Plague in India, 1896, 1897 - Volume 3
Year: 1896
Disease focus: Plague
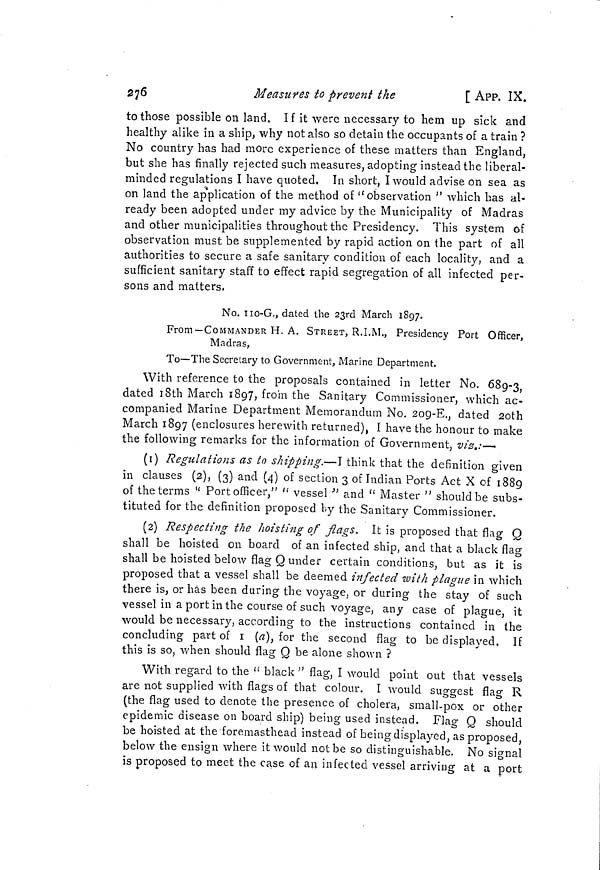
276
Measures to prevent the
[ APP. IX.
tothose possible on land. If it were necessary to hem up sick and
healthy alike in a ship, why not also so detain the occupants of a train ?
No country has had more experience of these matters than England,
but she has finally rejected such measures, adopting instead the liberal-
minded regulations I have quoted. In short, I would advise on sea as
on land the application of the method of " observation " which has al-
ready been adopted under my advice by the Municipality of Madras
and other municipalities throughout the Presidency. This system of
observation must be supplemented by rapid action on the part of all
authorities to secure a safe sanitary condition of each locality, and a
sufficient sanitary staff to effect rapid segregation of all infected per-
sons and matters.
No. 110-G., dated the 23rd March 1897.
From —COMMANDER H. A. STREET, R.I.M., Presidency Port Officer,
Madras,
To—The Secretary to Government, Marine Department.
With reference to the proposals contained in letter No. 689-3
dated 18th March 1897, from the Sanitary Commissioner, which ac-
companied Marine Department Memorandum No. 209-E., dated 20th
March 1897 (enclosures herewith returned), I have the honour to make
the following remarks for the information of Government, viz.:—•
(1) Regulations as to shipping.—I think that the definition given
in clauses (2), (3) and (4) of section 3 of Indian Ports Act X of 1889
of the terms " Port officer," " vessel " and " Master " should be subs-
tituted for the definition proposed by the Sanitary Commissioner.
(2) Respecting the hoisting of flags. It is proposed that flag Q
shall be hoisted on board of an infected ship, and that a black flag
shall be hoisted below flag Q under certain conditions, but as it is
proposed that a vessel shall be deemed infected with plague in which
there is, or has been during the voyage, or during the stay of such
vessel in a port in the course of such voyage, any case of plague, it
would be necessary, according to the instructions contained in the
concluding part of 1 (a), for the second flag to be displayed. If
this is so, when should flag Q be alone shown ?
With regard to the " black " flag, I would point out that vessels
are not supplied with flags of that colour. I would suggest flag R
(the flag used to denote the presence of cholera, small-pox or other
epidemic disease on board ship) being used instead. Flag Q should
be hoisted at the foremasthead instead of being displayed, as proposed,
below the ensign where it would not be so distinguishable. No signal
is proposed to meet the case of an infected vessel arriving at a port